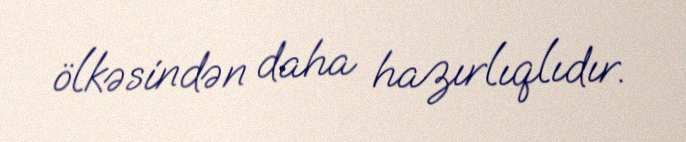
ölkəsindən daha hazırlıqlıdır.